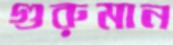
গুরুমান